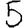
Digit: 5